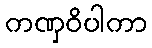
ကဏှဝိပါကာ